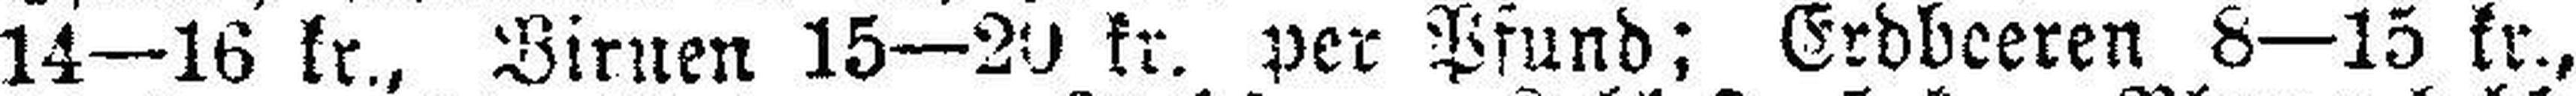
14—16 kr., Birnen 15—20 kr. per Pfund; Erdbeeren 8—15 kr.,